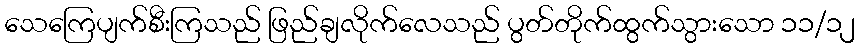
သေကြေပျက်စီးကြသည် ဖြည်ချလိုက်လေသည် ပွတ်တိုက်ထွက်သွားသော ၁၁/၁၂